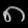
Digit: ၈